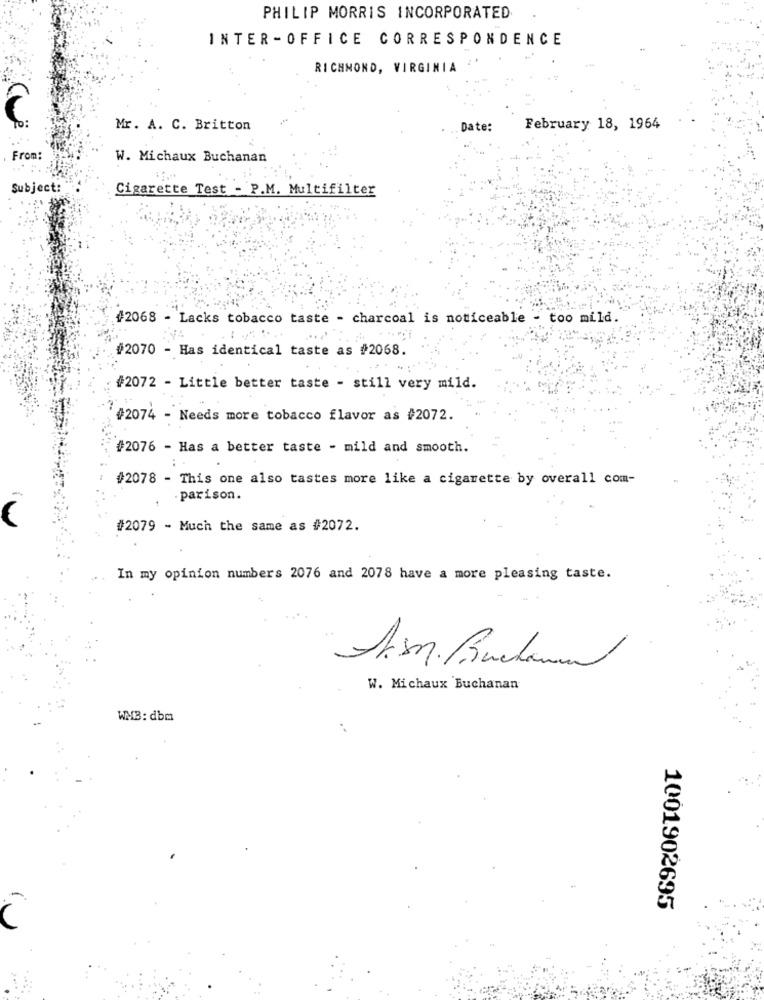
PHILIP MORRIS INCORPORATED
INTER -OFFICE CORRESPONDENCE
RICHMOND, VIRGINIA
C
Mr. A. C. Britton
Date:
February 18, 1964
From:
W. Michaux Buchanan
Subject:
Cigarette Test - P.M. Multifilter
#2068 - Lacks tobacco taste - charcoal is noticeable - too mild.
#2070 - Has identical taste as #2068.
#2072 - Little better taste - still very mild.
#2074 - Needs more tobacco flavor as #2072.
#2076 - Has a better taste - mild and smooth.
#2078 - This one also tastes more like a cigarette by overall com-
. parison.
W
#2079 - Much the same as #2072.
In my opinion numbers 2076 and 2078 have a more pleasing taste.
W. Michaux Buchanan
WMB: dbm
1001902695